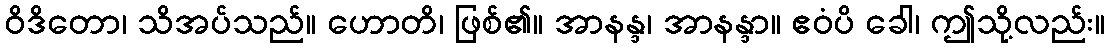
ဝိဒိတော၊ သိအပ်သည်။ ဟောတိ၊ ဖြစ်၏။ အာနန္ဒ၊ အာနန္ဒာ။ ဧဝံပိ ခေါ၊ ဤသို့လည်း။